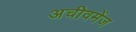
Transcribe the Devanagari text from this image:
अचीवमेंज